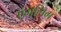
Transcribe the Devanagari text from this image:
एंगलिंग